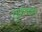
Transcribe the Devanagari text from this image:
दूरदर्शनचेही